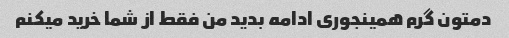
دمتون گرم همینجوری ادامه بدید من فقط از شما خرید میکنم